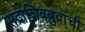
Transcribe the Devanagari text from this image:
सदाशिवबुवांची